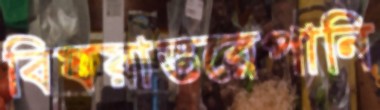
বিষয়ান্তরেপানি